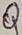
Text: Q